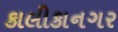
કાલીકાનગર